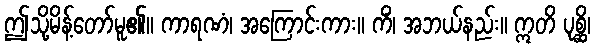
ဤသို့မိန့်တော်မူ၏။ ကာရဏံ၊ အကြောင်းကား။ ကိံ၊ အဘယ်နည်း။ ဣတိ ပုစ္ဆိ၊